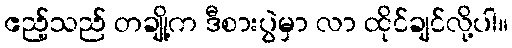
ဧည့်သည် တချို့က ဒီစားပွဲမှာ လာ ထိုင်ချင်လို့ပါ။